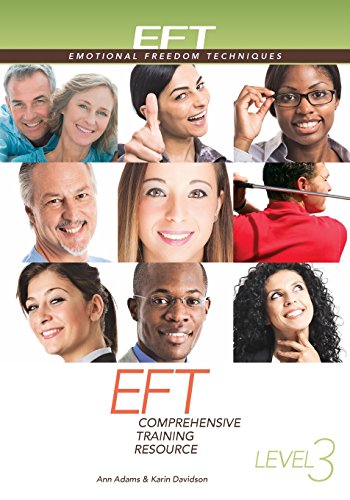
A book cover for EFT Level 3 Comprehensive Training Resource; Ann Adams; Medical Books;